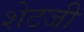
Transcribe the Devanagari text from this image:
शेटजी